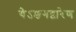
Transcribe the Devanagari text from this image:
येऽङगद्वारेण